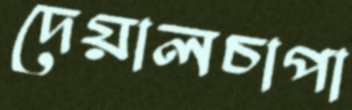
দেয়ালচাপা